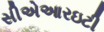
સીએઆરઇટી